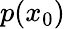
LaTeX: p(x_{0})